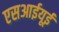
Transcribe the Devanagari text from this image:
एसआईयूई